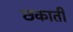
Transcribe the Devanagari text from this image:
छकाती